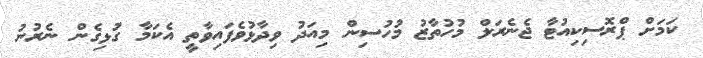
ކަމަށް ޕްރޮސިކިއުޓާ ޖެނެރަލް މުހުތާޒު މުހުސިން މިއަދު ވިދާޅުވެފައިވާތީ އެކަމާ ގުޅިގެން ނެރުނު